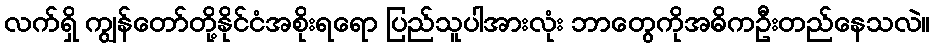
လက်ရှိ ကျွန်တော်တို့နိုင်ငံအစိုးရရော ပြည်သူပါအားလုံး ဘာတွေကိုအဓိကဦးတည်နေသလဲ။